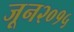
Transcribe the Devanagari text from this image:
जून२०१५